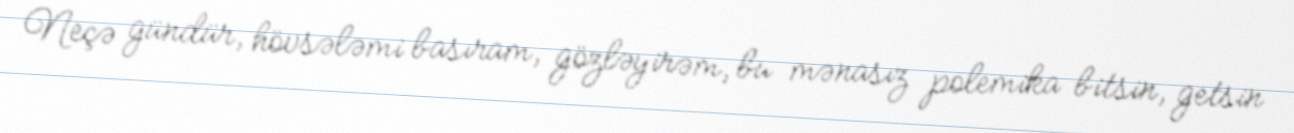
Neçə gündür, hövsələmi basıram, gözləyirəm, bu mənasız polemika bitsin, getsin